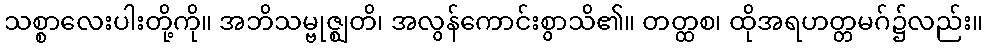
သစ္စာလေးပါးတို့ကို။ အဘိသမ္ဗုဇ္ဈတိ၊ အလွန်ကောင်းစွာသိ၏။ တတ္ထစ၊ ထိုအရဟတ္တမဂ်၌လည်း။